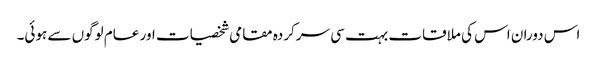
اس دوران اس کی ملاقات بہت سی سرکردہ مقامی شخصیات اور عام لوگوں سے ہوئی۔